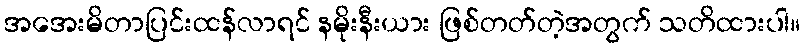
အအေးမိတာပြင်းထန်လာရင် နမိုးနီးယား ဖြစ်တတ်တဲ့အတွက် သတိထားပါ။